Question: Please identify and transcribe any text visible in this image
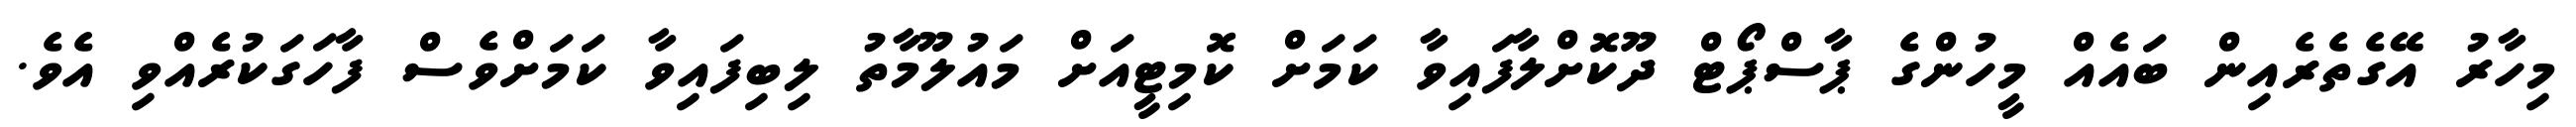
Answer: މިހާރު އޭގެތެރެއިން ބައެއް މީހުންގެ ޕާސްޕޯޓް ދޫކޮށްލާފައިވާ ކަމަށް ކޮމިޓީއަށް މައުލޫމާތު ލިބިފައިވާ ކަމަށްވެސް ފާހަގަކުރެއްވި އެވެ.